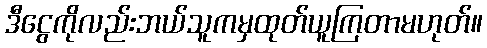
ဒီငွေကိုလည်းဘယ်သူကမှထုတ်ယူကြတာမဟုတ်။